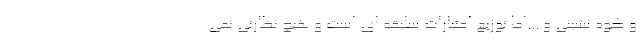
و کوه نشینی و ...اما توزیع اعتبارات سلیقه ای است و هیچ نظارتی نمی